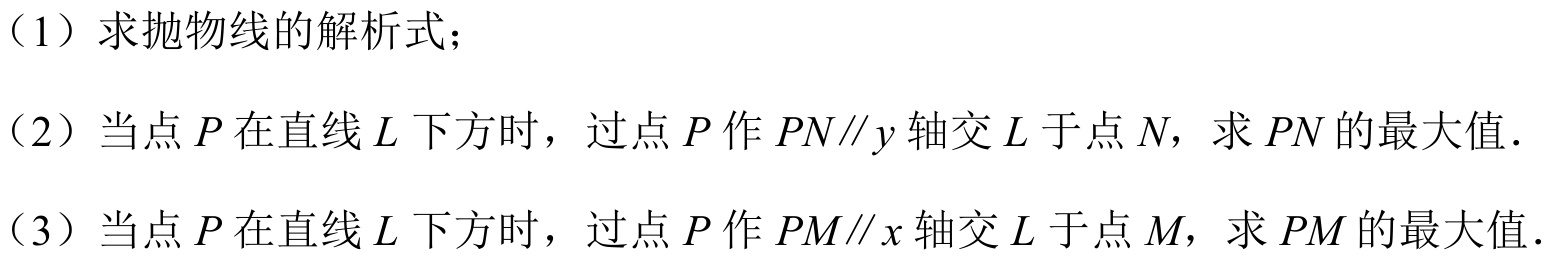
（1）求抛物线的解析式；
（2）当点\(P\)在直线\(L\)下方时，过点\(P\)作\(PN\parallel y\)轴交\(L\)于点\(N\)，求\(PN\)的最大值．
（3）当点\(P\)在直线\(L\)下方时，过点\(P\)作\(PM\parallel x\)轴交\(L\)于点\(M\)，求\(PM\)的最大值．